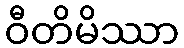
ဝီတိမိဿာ